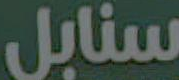
سنابل